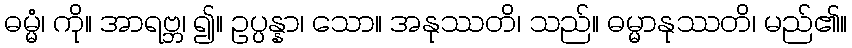
ဓမ္မံ၊ ကို။ အာရဗ္ဘ၊ ၍။ ဥပ္ပန္နာ၊ သော။ အနုဿတိ၊ သည်။ ဓမ္မာနုဿတိ၊ မည်၏။